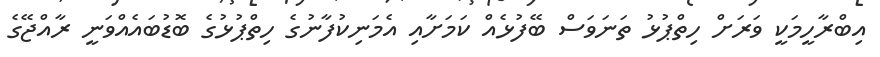
އިބްރާހީމަކީ ވަރަށް ހިތްޕުޅު ތަނަވަސް ބޭފުޅެއް ކަމަށާއި އެމަނިކުފާނުގެ ހިތްޕުޅުގެ ބޮޑުބައެއްވަނީ ރާއްޖޭގެ